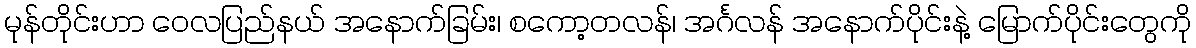
မုန်တိုင်းဟာ ဝေလပြည်နယ် အနောက်ခြမ်း၊ စကော့တလန်၊ အင်္ဂလန် အနောက်ပိုင်းနဲ့ မြောက်ပိုင်းတွေကို